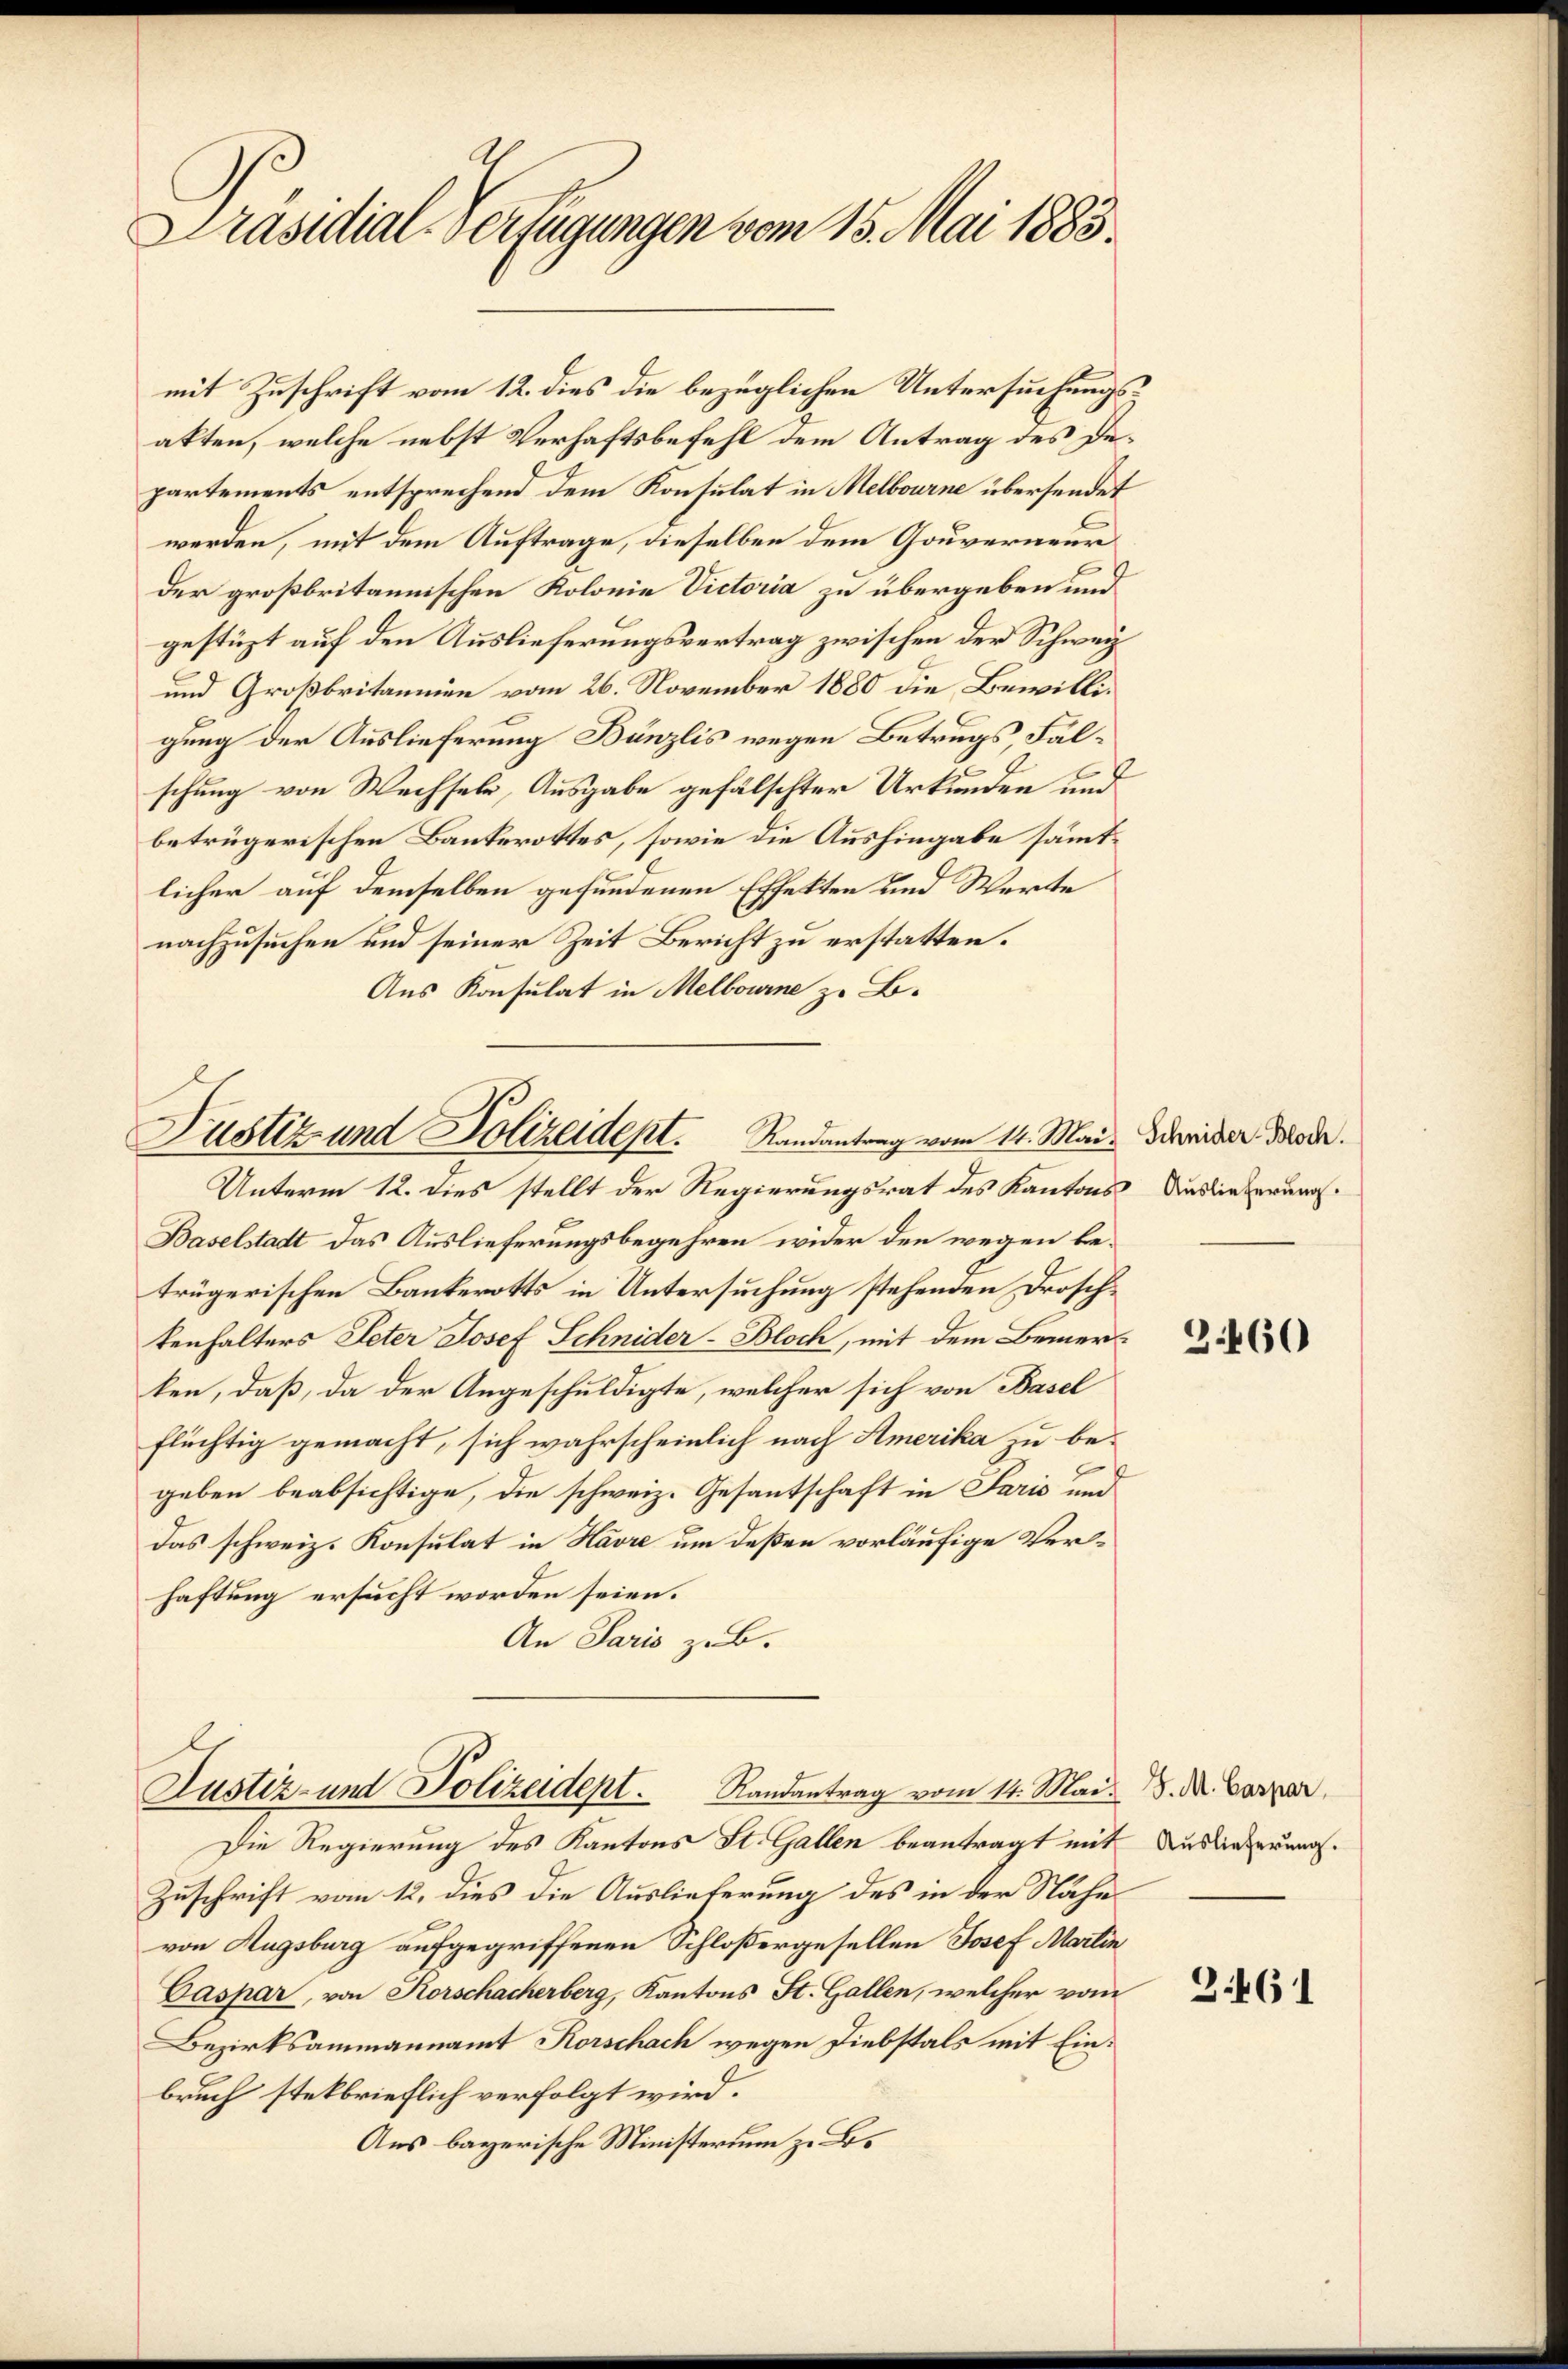
Präsidial-Verfügungen vom 15. Mai 1883.

mit Zuschrift vom 12. dies die bezüglichen Untersuchungsakten, welche nebst Verhaftsbefehl dem Antrag des Departements entsprechend dem Konsulat in Melbourne übersendet
werden, mit dem Auftrage, dieselben dem Gouverneur
der großbritannischen Kolonie Victoria zu übergeben und
gestüzt auf den Auslieferungsvertrag zwischen der Schwei
und Großbritannien vom 26. November 1880 die Bewilligung der Auslieferung Bünzlis wegen Betrugs, Falschung von Wechseln, Ausgabe gefälschter Urkunden und
betrügerischen Bauterottes, sowie die Aushingabe sämmtlicher auf demselben gefundenen Effekten und Werte
nachzusuchen und seiner Zeit Bericht zu erstatten.
Aus Konsulat in Melbourne z. B.

Justiz und Polizeident. Randantrag vom 14. Mai. Scheider Mod
Unterm 12. dies stellt der Regierungsrat des Kantons Auslieferung.

Justiz- und Polizeidept. Randantrag vom 14. Mai.

Die Regierung des Kantons St. Gallen beantragt mit
Zuschrift vom 12. dies die Auslieferung des in der Nähe
von Augsburg aufgegriffenen Schloßergesellen Josef Martin
Caspar, von Korschacherberg, Kantons St. Gallen, welcher vom
Bezirksammannamt Korschach wegen Diebstals mit Einbruch stelbrieflich verfolgt wird.
Aus bayerische Ministerium z. B.

Baselstadt das Auslieferungsbegehren wider den wegen betrügerischen Bankerotts in Untersuchung stehenden Droschtenhalters Peter Josef Schnider-Bloch, mit dem Bemerken, daß, da der Angeschuldigte, welcher sich von Basel
flüchtig gemacht, sich wahrscheinlich nach Amerika zu begeben beabsichtige, die schweiz. Gesantschaft in Paris und
Das schweiz. Konsulat in Havre um deßen vorläufige Verhaftung ersucht worden seien.
An Paris zu B.

3460

J. M. Caspar,
Auslieferung.

2461